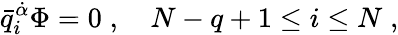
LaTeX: \bar{q}_{i}^{\dot{\alpha}}\Phi=0\; ,\quad N-q+1\leq i\leq N\; ,